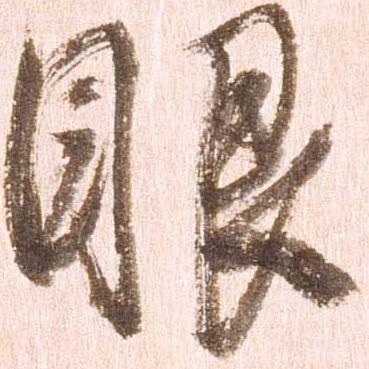
眼